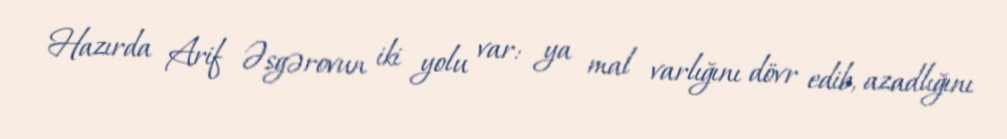
Hazırda Arif Əsgərovun iki yolu var: ya mal varlığını dövr edib, azadlığını